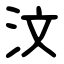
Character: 汶